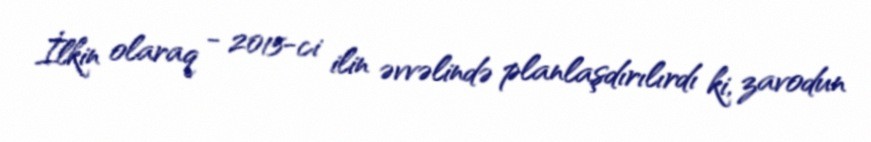
İlkin olaraq - 2015-ci ilin əvvəlində planlaşdırılırdı ki, zavodun